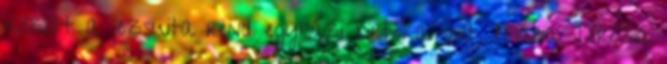
között a jezsuita rend egyházi birtoka volt. Mária Terézia